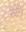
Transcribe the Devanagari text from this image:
फटेंगे